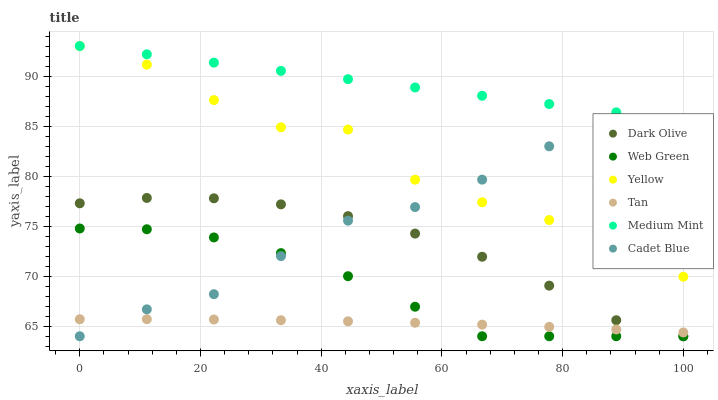
| xaxis_label | Dark Olive | Web Green | Yellow | Tan | Medium Mint | Cadet Blue |
 | --- | --- | --- | --- | --- | --- | --- |
 | 0 | 77.3 | 74.8 | 93 | 65.7 | 93 | 64 |
 | 11.1 | 77.8 | 74.7 | 91.1 | 65.7 | 92.2 | 66.7 |
 | 22.2 | 77.8 | 73.9 | 87.6 | 65.7 | 91.3 | 68.2 |
 | 33.3 | 77.2 | 72.3 | 84.9 | 65.6 | 90.5 | 72 |
 | 44.4 | 76 | 70 | 84.7 | 65.5 | 89.7 | 75.5 |
 | 55.6 | 74.3 | 66.9 | 79.6 | 65.3 | 88.9 | 76.9 |
 | 66.7 | 71.9 | 64 | 77.4 | 65.2 | 88 | 79.6 |
 | 77.8 | 69.1 | 64 | 75.6 | 64.9 | 87.2 | 83 |
 | 88.9 | 65.6 | 64 | 73.2 | 64.7 | 86.4 | 85.2 |
 | 100 | 64 | 64 | 69.9 | 64.4 | 85.5 | 85.6 |